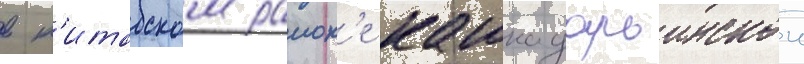
в к'итабском раион'е кашкадарьинскои